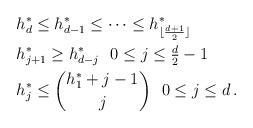
LaTeX: \begin{align*} &h^*_d \le h^*_{ d-1 } \le \dots \le h^*_{ \lfloor \frac{ d+1 }{ 2 } \rfloor } \\ &h^*_{ j+1 } \ge h^*_{ d-j } \ \ 0 \le j \le \tfrac d 2 - 1 \\ &h^*_j \le \binom{ h^*_1 + j - 1 }{ j } \ \ 0 \le j \le d \, . \end{align*}